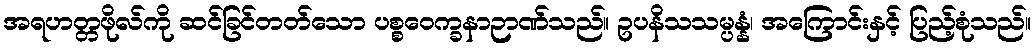
အရဟတ္တဖိုလ်ကို ဆင်ခြင်တတ်သော ပစ္စဝေက္ခနာဉာဏ်သည်။ ဥပနိသသမ္ပန္နံ၊ အကြောင်းနှင့် ပြည့်စုံသည်။